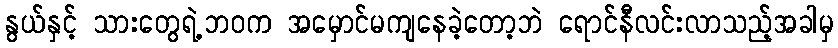
နွယ်နှင့် သားတွေရဲ့ဘဝက အမှောင်မကျနေခဲ့တော့ဘဲ ရောင်နီလင်းလာသည့်အခါမှ